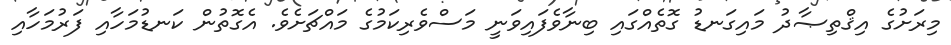
މިރަށުގެ އިޤްތިޞާދު މައިގަނޑު ގޮތެއްގައި ބިނާވެފައިވަނީ މަސްވެރިކަމުގެ މައްޗަށެވެ. އެގޮތުން ކަނޑުމަހާއި ފަރުމަހާއި